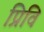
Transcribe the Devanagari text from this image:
प्रिवि